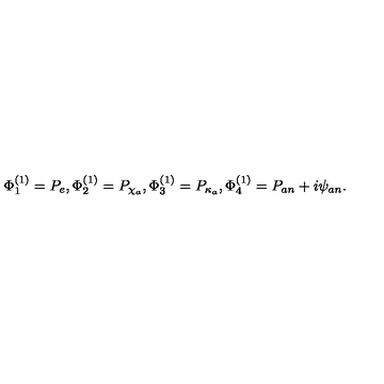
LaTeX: \Phi _ { 1 } ^ { ( 1 ) } = P _ { e } , \Phi _ { 2 } ^ { ( 1 ) } = P _ { \chi _ { a } } , \Phi _ { 3 } ^ { ( 1 ) } = P _ { \kappa _ { a } } , \Phi _ { 4 } ^ { ( 1 ) } = P _ { a n } + i \psi _ { a n } .